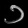
Digit: ၁